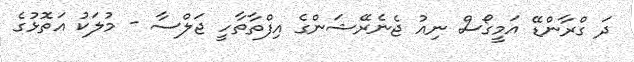
ދަ ގްރާންޑޭ އަމީގޯސް ނިއު ޖެނެރޭޝަންގެ އިފްތާތާހީ ޖަލްސާ - މުލަކު އަތޮޅުގެ